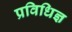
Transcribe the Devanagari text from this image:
प्रविधिज्ञ